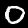
Label: 0